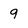
Character: 9